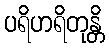
ပရိဟရိတုန္တိ